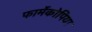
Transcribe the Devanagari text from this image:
फार्मेकोपिया